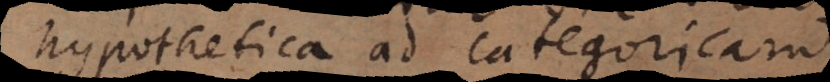
hypothetica ad categoricam